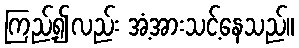
ကြည့်၍လည်း အံ့အားသင့်နေသည်။